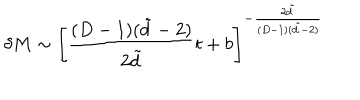
LaTeX: \delta M \sim \left[ \frac { ( D - 1 ) ( \tilde { d } - 2 ) } { 2 \tilde { d } } t + b \right] ^ { - \frac { 2 \tilde { d } } { ( D - 1 ) ( \tilde { d } - 2 ) } }